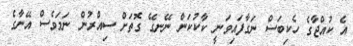
އެ ކުއްޖާގެ ހެކިބަސް ނަގާފައިވަނީ ކާކުކަން ނޭނގޭ ގޮތަށް ސިއްރުން ނަމަވެސް އޭނާގެ